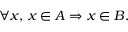
\forall x , \, x \in A \Rightarrow x \in B .